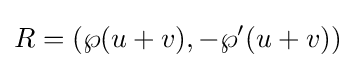
R=(\wp (u+v),-\wp '(u+v))